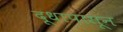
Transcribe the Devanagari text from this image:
दूधापासून